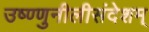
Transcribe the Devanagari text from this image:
उष्ण्णुनीलीसंदेशम्